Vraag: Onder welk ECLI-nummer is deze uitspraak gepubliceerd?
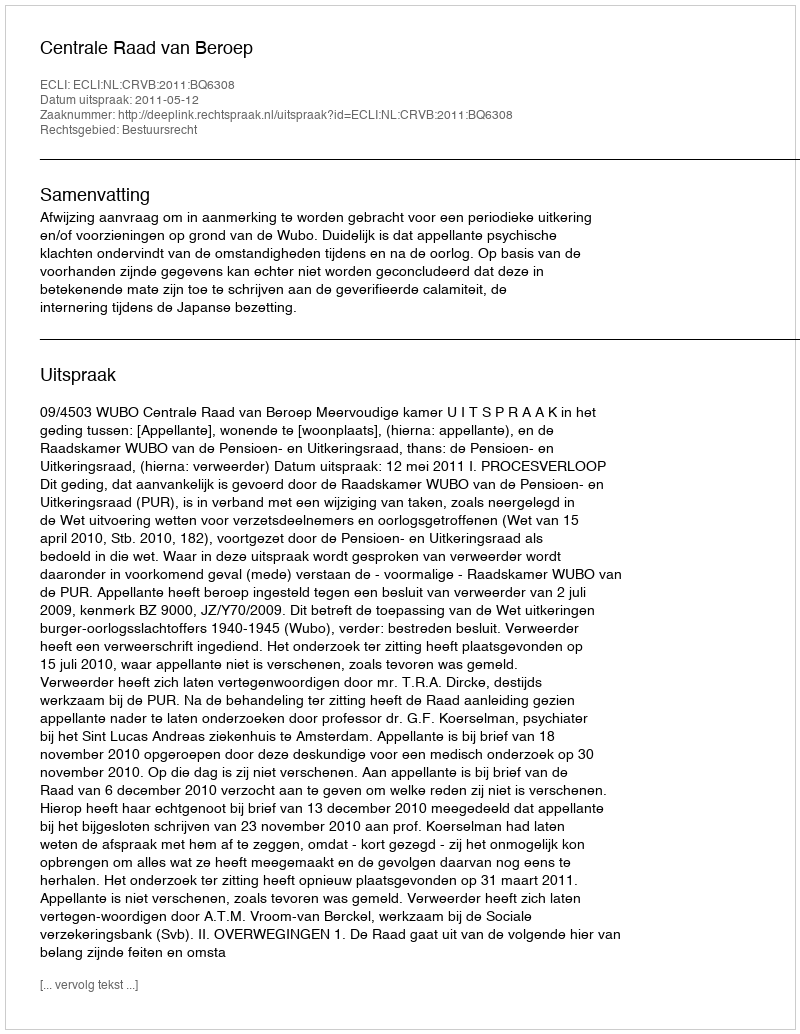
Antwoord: ECLI:NL:CRVB:2011:BQ6308